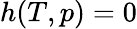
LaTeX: h(T,p)=0